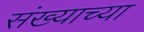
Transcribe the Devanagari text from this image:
संख्याच्या